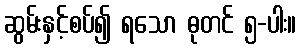
ဆွမ်းနှင့်စပ်၍ ရသော ဓုတင် ၅-ပါး။